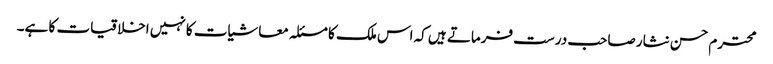
محترم حسن نثار صاحب درست فرماتے ہیں کہ اس ملک کا مسئلہ معاشیات کا نہیں اخلاقیات کا ہے۔